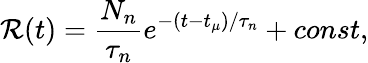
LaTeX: \mathcal{R}(t)=\frac{N_{n}}{\tau_{n}}e^{-(t-t_{\mu})/\tau_{n}}+const,